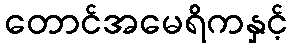
တောင်အမေရိကနှင့်